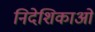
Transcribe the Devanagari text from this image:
निदेशिकाओं